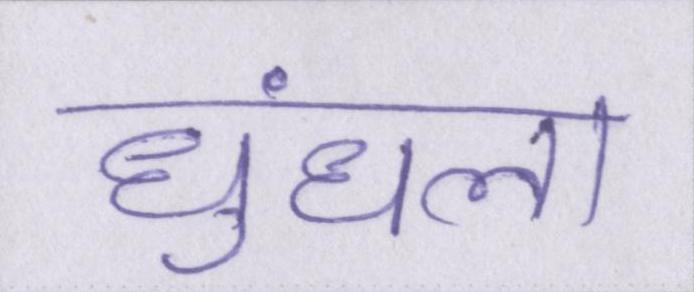
धुंधला